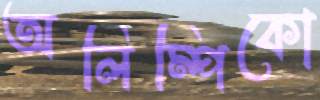
অলিম্পিকো